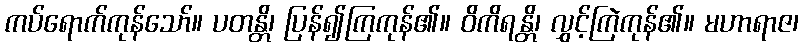
ကပ်ရောက်ကုန်သော်။ ပတန္တိ၊ ပြန်၍ကြကုန်၏။ ဝိကိရန္တိ၊ လွှင့်ကြဲကုန်၏။ မဟာရာဇ၊